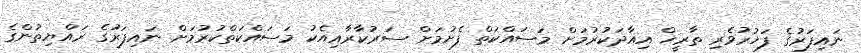
ނައިފަރުގެ ފަޚުރުވެރި ތާރީޚް އިއާދަކުރުމަށް މަސައްކަތް ފެށުމަށް ސަރުކާރާއިއެކު މަސައްކަތްކުރުމަށް ނައިފަރުގެ ރައްޔިތުންގެ